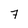
Character: 7